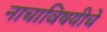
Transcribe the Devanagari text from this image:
नाचाविषयीचे